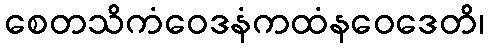
စေတသိကံဝေဒနံကထံနဝေဒေတိ၊